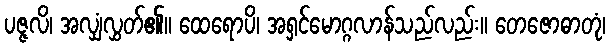
ပဇ္ဇလိ၊ အလျှံလွှတ်၏။ ထေရောပိ၊ အရှင်မောဂ္ဂလာန်သည်လည်း။ တေဇောဓာတုံ၊